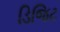
ડિજિટ